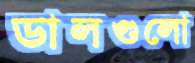
ডালগুলো